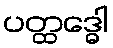
ပတ္ထဒ္ဓေါ